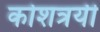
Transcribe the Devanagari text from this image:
कोशत्रयी